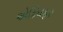
એકિવફર